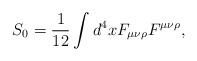
LaTeX: \begin{align*}S_{0}={1\over12} \int d^{4}x F_{\mu\nu\rho}F^{\mu\nu\rho} ,\end{align*}